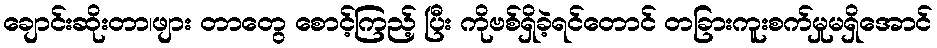
ချောင်းဆိုးတာ၊ဖျား တာတွေ စောင့်ကြည့် ပြီး ကိုဗစ်ရှိခဲ့ရင်တောင် တခြားကူးစက်မှုမရှိအောင်